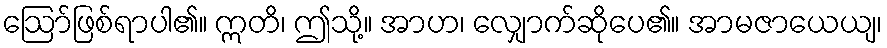
ဩော်ဖြစ်ရာပါ၏။ ဣတိ၊ ဤသို့။ အာဟ၊ လျှောက်ဆိုပေ၏။ အာမဇာယေယျ၊